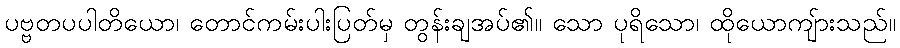
ပဗ္ဗတပပါတိယော၊ တောင်ကမ်းပါးပြတ်မှ တွန်းချအပ်၏။ သော ပုရိသော၊ ထိုယောကျ်ားသည်။